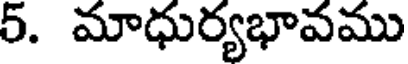
5. మాధుర్యభావము